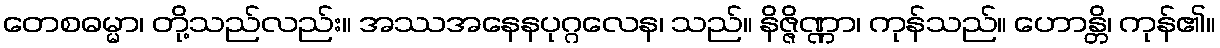
တေစဓမ္မာ၊ တို့သည်လည်း။ အဿအနေနပုဂ္ဂလေန၊ သည်။ နိဇ္ဇိဏ္ဏာ၊ ကုန်သည်။ ဟောန္တိ၊ ကုန်၏။